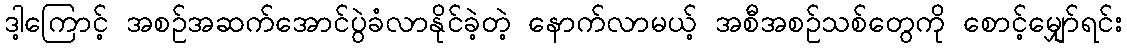
ဒါ့ကြောင့် အစဉ်အဆက်အောင်ပွဲခံလာနိုင်ခဲ့တဲ့ နောက်လာမယ့် အစီအစဉ်သစ်တွေကို စောင့်မျှော်ရင်း